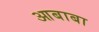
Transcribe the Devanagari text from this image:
आबाबा